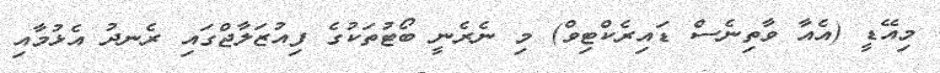
މިއޭޑީ (އެއާ ވާތިނެސް ޑައިރެކްޓިވް) މި ނެރެނީ ބޯޓުތަކުގެ ފިއުޒަލާޖްގައި ރެނދު އެޅުމާއި